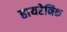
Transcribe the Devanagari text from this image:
हायरेनिक